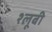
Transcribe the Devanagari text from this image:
श्लूबी